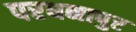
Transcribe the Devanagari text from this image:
परधनापुर